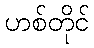
ဟစ်တိုင်